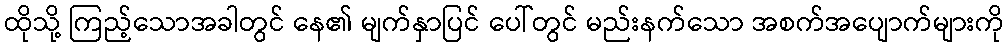
ထိုသို့ ကြည့်သောအခါတွင် နေ၏ မျက်နှာပြင် ပေါ်တွင် မည်းနက်သော အစက်အပျောက်များကို